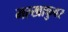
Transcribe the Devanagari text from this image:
मल्खाकुवर